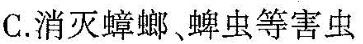
C.消灭蟑螂蜱虫等害虫